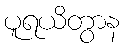
ပူရယိတွာန